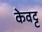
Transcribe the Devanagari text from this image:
केवट्ट